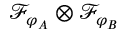
\mathcal { F } _ { \varphi _ { A } } \otimes \mathcal { F } _ { \varphi _ { B } }